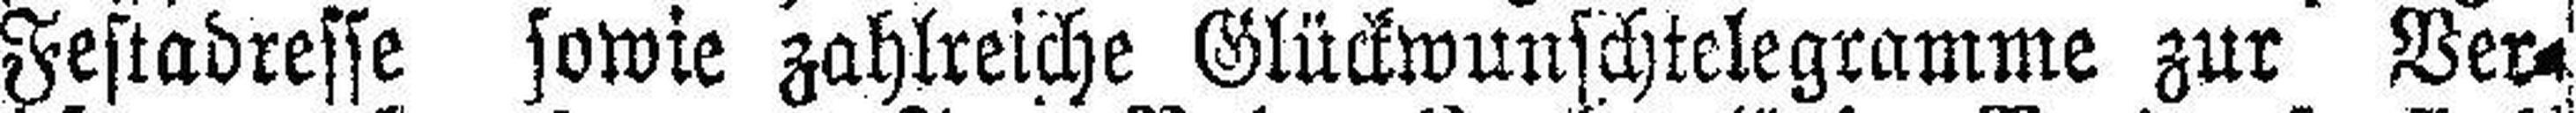
Festadresse sowie zahlreiche Glückwunschtelegramme zur Ver¬